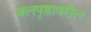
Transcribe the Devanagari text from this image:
जलपृष्ठावरील